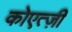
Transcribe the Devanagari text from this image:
कोएत्ज़ी